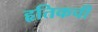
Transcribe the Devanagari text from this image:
हृतिकची